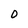
Character: 0